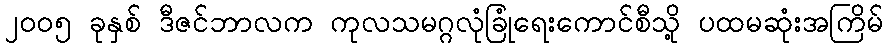
၂၀၀၅ ခုနှစ် ဒီဇင်ဘာလက ကုလသမဂ္ဂလုံခြုံရေးကောင်စီသို့ ပထမဆုံးအကြိမ်